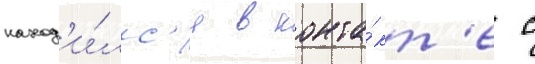
наход'и́лс'я в конта́кт'е с